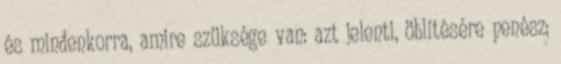
és mindenkorra, amire szüksége van: azt jelenti, öblítésére penész;